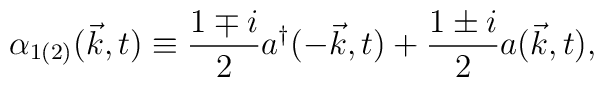
{\alpha}_{1(2)}({\vec k},t) \equiv \frac{1 \mp i}{2} a^{\dagger}(-{\vec k},t)+ \frac{1 \pm i}{2} a({\vec k},t),